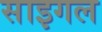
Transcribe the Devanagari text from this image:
साइगल